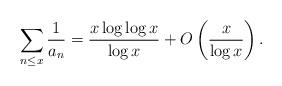
LaTeX: \begin{align*}\sum_{n\le x} \frac1{a_n} = \frac{x\log \log x}{\log x} +O\left(\frac{x}{\log x}\right).\end{align*}